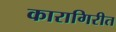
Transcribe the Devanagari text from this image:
कारागिरीत